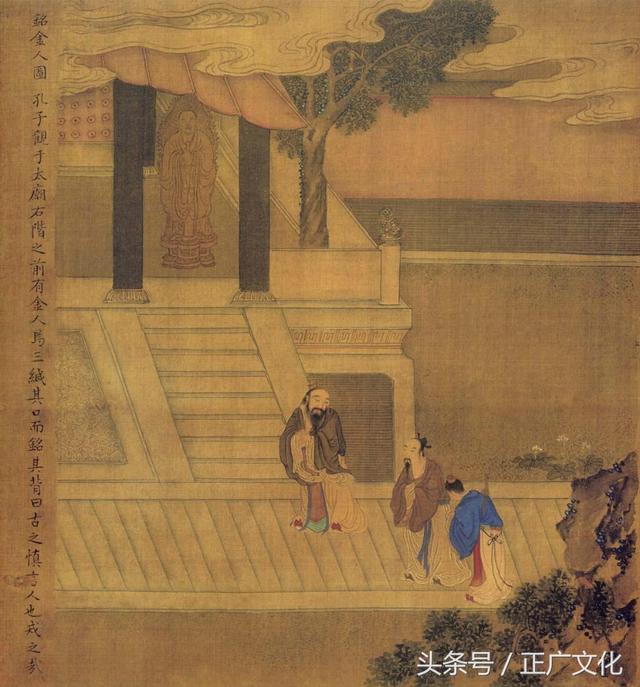
孔子亦矙其亡也，而往拜之。